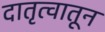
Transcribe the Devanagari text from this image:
दातृत्वातून